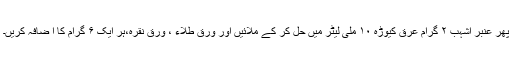
پھر عنبر اشہب ۲ گرام عرق کیوڑہ ۱۰ ملی لیٹر میں حل کر کے ملائیں اور ورقِ طلاء ، ورقِ نقرہ،ہر ایک ۶ گرام کا اِ ضافہ کریں۔